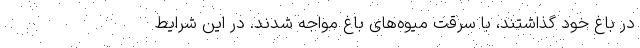
در باغ خود گذاشتند، با سرقت میوه‌های باغ مواجه شدند. در این شرایط